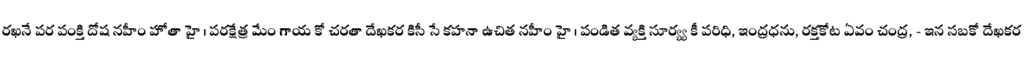
రఖనే పర పంక్తి దోష నహీం హోతా హై । పరక్షేత్ర మేం గాయ కో చరతా దేఖకర కిసీ సే కహనా ఉచిత నహీం హై । పండిత వ్యక్తి సూర్య్య కీ పరిధి, ఇంద్రధను, రక్తకోట ఏవం చంద్ర, - ఇన సబకో దేఖకర